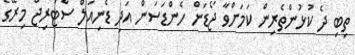
ތިބި ދެ ކުޅުންތެރިން ކަމަށްވާ ޖޯޑަން ހެންޑަސަން އަދި ޑެނިއަލް ސްޓަރިޖް މިރޭގެ